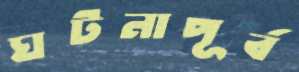
ঘটনাপূর্ব